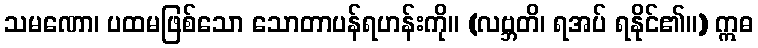
သမဏော၊ ပထမဖြစ်သော သောတာပန်ရဟန်းကို။ (လဗ္ဘတိ၊ ရအပ် ရနိုင်၏။) ဣဓ